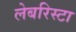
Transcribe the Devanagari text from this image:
लेबरिस्टा